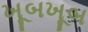
ખૂબખૂબ